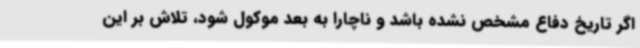
اگر تاریخ دفاع مشخص نشده باشد و ناچارا به بعد موکول شود، تلاش بر این